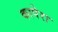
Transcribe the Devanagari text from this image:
कापेरा